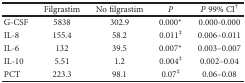
<table><thead><tr><td></td><td><b>Filgrastim</b></td><td><b>No filgrastim</b></td><td><b><i>P</i></b></td><td><b><i>P</i> 99% CI<sup>†</sup></b></td></tr></thead><tbody><tr><td>G-CSF</td><td>5838</td><td>302.9</td><td>0.000<sup>∗</sup></td><td>0.000-0.000</td></tr><tr><td>IL-8</td><td>155.4</td><td>58.2</td><td>0.011<sup>‡</sup></td><td>0.006–0.011</td></tr><tr><td>IL-6</td><td>132</td><td>39.5</td><td>0.007<sup>∗</sup></td><td>0.003–0.007</td></tr><tr><td>IL-10</td><td>5.51</td><td>1.2</td><td>0.004<sup>‡</sup></td><td>0.002–0.04</td></tr><tr><td>PCT</td><td>223.3</td><td>98.1</td><td>0.07<sup>‡</sup></td><td>0.06–0.08</td></tr></tbody></table>